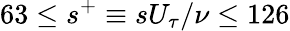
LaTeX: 63\leq s^{+}\equiv sU_{\tau}/\nu\leq 126